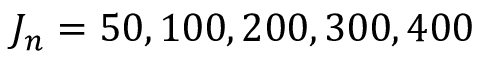
J _ { n } = 5 0 , 1 0 0 , 2 0 0 , 3 0 0 , 4 0 0